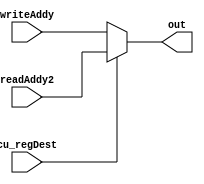
module muxRegDest (readAddy2, writeAddy, out, cu_regDest);
  input cu_regDest;
  input [4:0] readAddy2;
  input [4:0] writeAddy;

  output reg [4:0] out;

  always @ ( * ) begin
    if(cu_regDest)
      out = readAddy2;
    else
      out = writeAddy;
  end
endmodule // muxRegDest